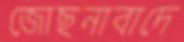
জোছনাবাদে